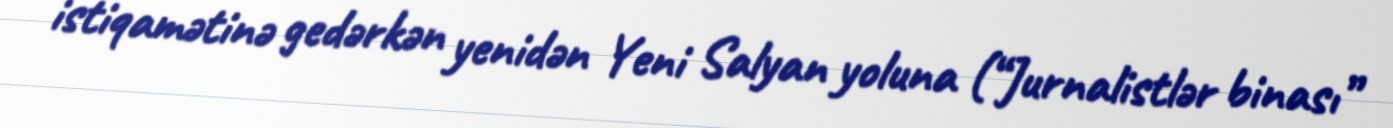
istiqamətinə gedərkən yenidən Yeni Salyan yoluna (“Jurnalistlər binası”